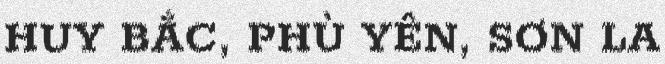
HUY BẮC, PHÙ YÊN, SƠN LA